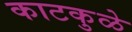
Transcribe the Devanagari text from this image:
काटकुळे